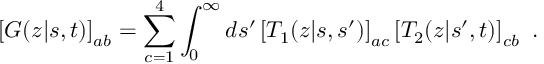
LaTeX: \left[ G ( z | s , t ) \right] _ { a b } = \sum _ { c = 1 } ^ { 4 } \int _ { 0 } ^ { \infty } d s ^ { \prime } \left[ T _ { 1 } ( z | s , s ^ { \prime } ) \right] _ { a c } \left[ T _ { 2 } ( z | s ^ { \prime } , t ) \right] _ { c b } \ .